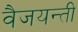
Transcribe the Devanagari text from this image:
वैजयन्‍ती